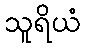
သူရိယံ